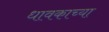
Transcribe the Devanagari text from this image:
धावकाच्या